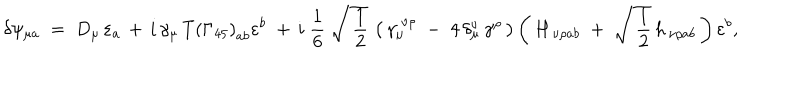
LaTeX: \delta \psi _ { \mu a } \; = \; D _ { \mu } \, \varepsilon _ { a } \, + \, i \, \gamma _ { \mu } \, T \left( \Gamma _ { 4 5 } \right) _ { a b } \varepsilon ^ { b } \; + \, i \; \frac { 1 } { 6 } \; \sqrt { \, \frac { 1 } { 2 } } \, \left( \, \gamma _ { \mu } ^ { \; \nu \rho } \; - \; 4 \, \delta _ { \mu } ^ { \nu } \, \gamma ^ { \rho } \, \right) \left( \, H _ { \, \nu \rho a b } \; + \; \sqrt { \, \frac { 1 } { 2 } } \, h _ { \, \nu \rho a b } \, \right) \varepsilon ^ { b } ,